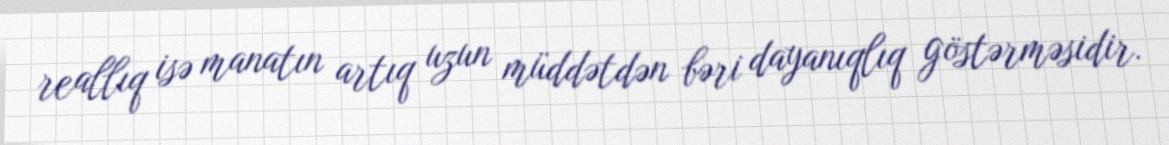
reallıq isə manatın artıq uzun müddətdən bəri dayanıqlıq göstərməsidir.